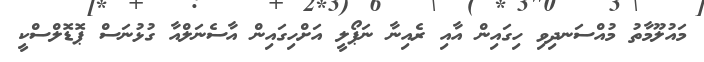
މައުލޫމާތު މުއްސަނދިވި ހިގައިން އާއި ރެއިނާ ނަޕޯލީ އަށްހިގައިން އާސެނަލްއާ ގުޅުނަސް ޕޮޑޮލްސްކީ